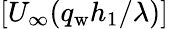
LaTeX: [U_{\infty}(q_{\mathrm{w}}h_{1}/\lambda)]